Annual report of the Punjab Veterinary College and of the Civil Veterinary Department, Punjab - 1920-1925
Year: 1920
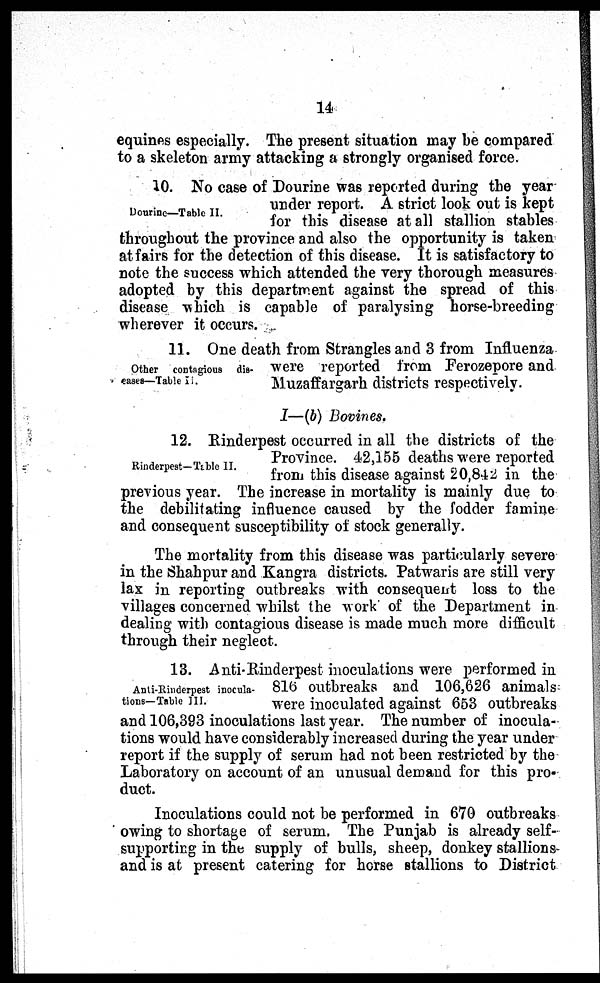
14
equines especially. The present situation may be compared
to a skeleton army attacking a strongly organised force.
Dourine—Table II.
10. No case of Dourine was reported during the year
under report. A strict look out is kept
for this disease at all stallion stables
throughout the province and also the opportunity is taken
at fairs for the detection of this disease. It is satisfactory to
note the success which attended the very thorough measures
adopted by this department against the spread of this
disease which is capable of paralysing horse-breeding
wherever it occurs.
Other contagious dis-
-ases—Table II.
11. One death from Strangles and 3 from Influenza
were reported from Ferozepore and
Muzaffargarh districts respectively.
I—(b) Bovines.
Rinderpest—Table II.
12. Rinderpest occurred in all the districts of the
Province. 42,155 deaths were reported
from this disease against 20,842 in the
previous year. The increase in mortality is mainly due to
the debilitating influence caused by the fodder famine
and consequent susceptibility of stock generally.
The mortality from this disease was particularly severe
in the Shahpur and Kangra districts. Patwaris are still very
lax in reporting outbreaks with consequent loss to the
villages concerned whilst the work of the Department in
dealing with contagious disease is made much more difficult
through their neglect.
Anti-Rinderpest inocula-
tions—Table III.
13. Anti-Rinderpest inoculations were performed in
816 outbreaks and 106,626 animals
were inoculated against 653 outbreaks
and 106,393 inoculations last year. The number of inocula-
tions would have considerably increased during the year under
report if the supply of serum had not been restricted by the
Laboratory on account of an unusual demand for this pro-
duct.
Inoculations could not be performed in 670 outbreaks
owing to shortage of serum. The Punjab is already self-
supporting in the supply of bulls, sheep, donkey stallions
and is at present catering for horse stallions to District